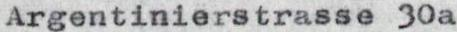
Argentinierstrasse 30a